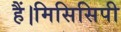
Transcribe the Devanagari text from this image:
हैं।मिसिसिपी